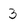
Character: 3